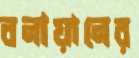
বনায়ানের